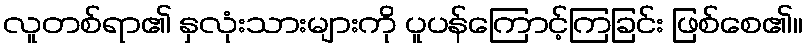
လူတစ်ရာ၏ နှလုံးသားများကို ပူပန်ကြောင့်ကြခြင်း ဖြစ်စေ၏။